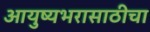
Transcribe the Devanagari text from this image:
आयुष्यभरासाठीचा